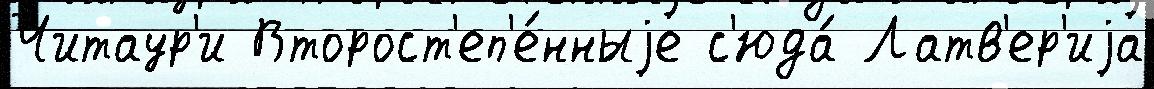
Читаур'и Второст'еп'е́нныjе с'юда́ Латв'ер'иjа